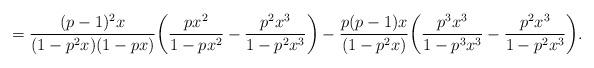
LaTeX: \begin{align*}=\frac{(p-1)^2x}{(1-p^2x)(1-px)}\bigg(\frac{px^2}{1-px^2} - \frac{p^2x^3}{1-p^2x^3}\bigg) - \frac{p(p-1)x}{(1-p^2x)}\bigg(\frac{p^3x^3}{1-p^3x^3} - \frac{p^2x^3}{1-p^2x^3}\bigg).\end{align*}